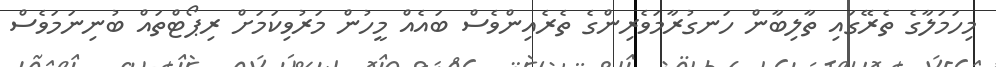
މިހަމަލާގެ ތެރޭގައި ތާލިބާން ހަނގުރާމަވެރިންގެ ތެރެއިންވެސް ބައެއް މީހުން މަރުވިކަމަށް ރިޕޯޓްތައް ބުނިނަމަވެސް